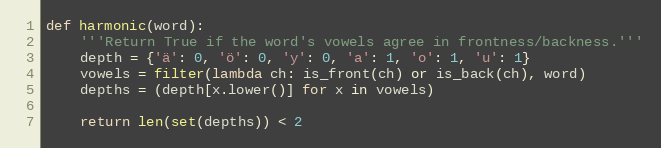
Language: Python
def harmonic(word):
    '''Return True if the word's vowels agree in frontness/backness.'''
    depth = {'ä': 0, 'ö': 0, 'y': 0, 'a': 1, 'o': 1, 'u': 1}
    vowels = filter(lambda ch: is_front(ch) or is_back(ch), word)
    depths = (depth[x.lower()] for x in vowels)

    return len(set(depths)) < 2